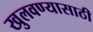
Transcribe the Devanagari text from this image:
खुलवण्यासाठी